Vital statistics of India. Vol. IV, Annual returns from 1871 to 1876. British Army of India, Native Army and jails of Bengal
Year: 1871
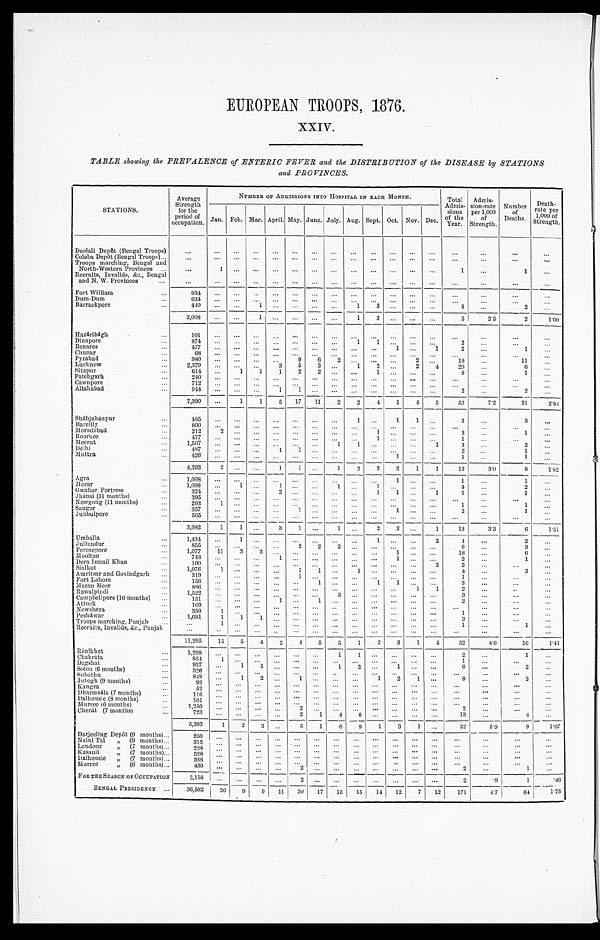
EUROPEAN TROOPS, 1876.
XXIV.
TABLE showing the PREVALENCE of ENTERIC FEVER and the DISTRIBUTION of the DISEASE by STATIONS
and PROVINCES.
STATIONS.
Average
Strength
for the
period of
occupation.
NUMBER OF ADMISSIONS INTO HOSPITAL IN EACH MONTH.
Total
Admis-
sions
of the
Year.
Admis-
sion-rate
per 1,000
of
Strength.
Number of Deaths.
Deat h- r at e per 1, 000 of St r engt h.
Jan. Feb. Mar. April. May.
J u n e .
July. Aug. Sept. Oct. Nov. Dec.
Deolali Depôt (Bengal Troops)
. . .
. . . ...
. . .
...
...
. . .
...
. . .
. . .
. . .
. . .
. . .
. . .
. . .
. . .
. . .
Colaba Depôt (Bengal Troops)
. . .
. . .
. . . ...
. . . ...
...
. . .
. . .
. . .
. . .
. . .
. . .
. . .
. . .
. . .
. . .
. . .
Troops marching, Bengal and
North-Western Provinces ...
. . .
1
. . .
. . .
...
...
. . . ...
. . .
. . .
. . .
. . .
. . .
1
. . . 1
...
Recruits, Invalids, &c., Bengal
and N. W. Provinces
...
. . .
. . .
. . . . . . ...
...
. . . ...
. . .
. . .
. . .
. . .
. . .
. . .
. . .
. . .
...
Fort William
...
934
. . . ...
. . .
...
...
. . .
. . .
. . .
. . .
. . .
. . .
. . .
. . .
. . .
. . .
. . .
Dum-Dum
...
6 3 4
. . .
. . . . . . ...
...
. . . ...
. . .
. . .
. . .
. . .
. . .
. . .
. . . ...
. . .
Barrackpore
...
4 4 0
. . . ...
1 ...
...
. . .
. . .
1
3
. . .
. . .
. . .
5
. . .
2
. . .
2,008
. . .
. . . 1 ...
...
. . . ...
1
3
. . .
. . .
. . .
5
2.5
2
1 . 0 0
Hazáribágh
...
101
. . . ...
. . .
...
...
. . .
. . .
. . .
. . .
. . .
. . .
. . .
. . .
. . .
. . .
. . .
Dinapore
. . .
874
. . .
. . . . . .
...
...
. . .
. . .
1
1
. . .
. . . . . .
2
. . .
. . . ...
Benares
. . .
477
. . .
. . .
. . . ...
...
. . . ...
. . .
. . .
1
...
1
2
...
1
...
Chunar
. . .
6 8
. . .
. . .
. . . ...
...
. . . ...
. . .
. . .
. . .
. . . . . .
. . .
. . .
. . .
. . .
Fyzabad
...
9 8 0
. . .
. . .
. . . ...
9
6
2
. . . ...
...
2
. . .
19
...
11 ...
Lucknow
...
2,379
. . .
...
. . .
3
5
3
. . . 1
2
. . .
2
4
20
. . .
6
. . .
Sitapur
. . .
614
...
1
1
1
2
2
. . . ...
1
. . .
...
...
8
...
1
...
Fatehgarh
...
2 4 0
. . .
. . .
. . .
. . .
. . .
. . .
. . .
. . .
. . .
. . .
. . .
. . .
. . .
. . .
. . .
. . .
Cawnpore
. . .
712
. . . ...
. . . ...
...
. . .
. . . . . .
. . .
. . .
. . .
. . .
. . .
. . .
. . .
. . .
Allahabad
...
9 4 4
. . .
. . .
. . .
1
1
. . .
. . .
. . .
. . .
. . .
. . .
. . .
2
. . .
2
...
7,390
...
1
1
5
17
11 2
2
4
1
4
5
53
7.2
21
2 . 8 4
Sháhjahánpur
...
485
. . .
. . .
. . .
. . .
...
. . . ...
1
. . .
1
1
. . .
3
...
3
. . .
Bareilly
. . .
800
. . .
. . .
. . .
. . .
...
. . . ...
. . .
. . .
. . .
. . . . . .
. . .
. . .
. . .
. . .
Moradabad
. . .
212
2
. . . . . .
... ...
. . .
. . .
. . .
1 ...
...
. . .
3
...
1 ...
Roorkee
...
477
. . .
. . .
. . . ...
...
. . . ...
. . .
1 ...
...
...
1
...
...
...
Meerut
...
1,507
. . .
...
. . . ...
...
. . . 1
1 ...
...
...
1
3
...
2 ...
Delhi
. . .
4 8 7
. . .
. . .
. . .
1
1
. . . ...
. . .
. . .
. . .
. . .
. . .
2
...
1
...
Muttra
...
4 2 6
. . .
. . . . . .
...
. . . . . .
. . .
. . .
. . .
1
. . .
. . .
1
. . .
1
. . .
4,393
2
. . .
. . .
1
1
. . .
1
2
2
2
1
1
13
3.0
8 1 . 8 2
Agra
. . .
1,008
. . .
. . . . . .
...
. . .
. . .
. . .
. . .
. . .
1
. . .
. . .
1
...
1
...
Morar
. . .
1,098
. . .
1 . . .
1
...
. . .
1
. . .
1
. . .
. . .
. . .
4
...
2
. . .
Gwalior Fortress
. . .
3 2 4
. . .
. . .
. . .
2 ...
. . .
. . .
. . .
1
1
. . .
1
5
. . .
1
. . .
Jhánsi (11 months)
. . .
3 9 5
. . .
. . .
. . .
. . .
...
. . .
. . .
. . .
. . .
. . . . . .
. . .
. . .
. . .
. . .
. . .
Nowgong (11 months)
. . .
293
1
. . .
. . .
. . .
...
. . . ...
. . .
. . .
. . .
. . .
. . .
1
...
1
. . .
Saugor
. . .
3 5 7
. . .
. . . . . .
. . .
1
. . . ...
. . .
. . .
1 ...
...
2
. . .
1 ...
Jubbulpore
. . .
5 6 5
. . . ...
. . .
. . .
...
. . .
. . .
. . .
. . .
. . .
. . .
. . .
. . .
. . .
. . . ...
3 , 9 8 2
1
1
. . .
3
1
. . .
1
. . .
2
3
. . .
1
13
3.3
6
1.51
Umballa
...
1,434
. . .
1
. . .
. . .
. . .
. . .
. . .
. . .
1
. . .
. . .
2
4
...
2
...
Jullundur
...
855
. . .
. . .
. . .
. . . 2
2
2
. . .
. . .
. . .
. . .
. . .
6
. . .
3
...
Ferozepore
. . .
1,077
11
3
3
. . .
. . .
. . .
. . .
. . .
. . .
1 ...
. . .
18
. . .
6
. . .
Mooltan
...
743
. . . ...
. . .
1
. . .
. . .
. . .
. . . . . .
1
. . .
. . .
2
. . .
1
...
Dera Ismail Khan
. . .
1 0 0
. . .
. . .
. . .
. . .
. . .
. . .
. . .
. . .
. . .
. . .
. . .
2
2
. . .
. . .
. . .
Sialkot
. . .
1,076
1
. . .
. . .
. . .
1
1
. . .
1
. . . ...
. . . ...
4
...
3
...
Amritsar and Govindgarh
. . .
3 1 9
. . .
. . .
. . .
. . .
1
. . .
. . .
. . .
. . .
. . .
. . .
. . .
1
. . .
. . .
. . .
Fort Lahore
...
1 5 6
. . .
. . .
. . .
. . . ...
1
. . .
. . .
1
1
. . .
. . .
3
. . .
. . .
...
Meean Meer
. . .
886
. . .
. . . . . .
. . .
...
. . .
...
. . .
. . .
. . .
1
1
2
. . .
. .
. . .
Rawalpindi
. . .
1 , 5 2 2
. . .
. . .
. . .
... ...
. . .
3
. . .
. . .
. . .
. . .
. . .
3
. . .
. . .
. . .
Campbellpore (10 months)
. . .
151
. . .
...
. . .
1
...
1
. . .
. . .
. . .
. . .
. . .
. . .
2
...
...
...
Attock
...
169
. . .
. . .
. . .
. . .
...
. . .
...
. . .
. . .
. . .
. . .
. . .
. . .
. . .
... ...
Nowshera
. . .
3 5 9
1
...
. . .
...
...
. . . ...
. . .
. . .
. . .
. . .
. . .
1
. . .
. . .
. . .
Pesháwar
. . .
1,691
1
1
1
... ...
. . .
. . .
. . .
. . .
. . .
. . .
. . .
3
. . .
... ...
Troops marching, Punjab
...
1
. . .
. . .
. . . ... ...
. . . ...
. . .
. . .
. . .
. . .
. . .
1
. . .
1
. . .
Recruits, Invalids, &c., Punjab
. . .
. . .
. . . . . .
. .
...
. . . ...
. . .
. . .
. . .
. . .
. . .
. . .
. . .
. . .
. . .
1 1 , 2 9 5
1 5
5
4 2
4
5
5
1
2
3
1
5
52
4 . 6
1 6 1 . 4 1
Ránikhet
. . .
1 , 2 9 8
. . .
. . .
. . .
...
...
. . .
1
1
. . .
. . . . . .
. . .
2
...
1
. . .
Chakráta
. . .
854
1
. . .
. . .
...
...
. . .
. . .
. . . . . .
. . . . . .
. . .
1
. . .
. . .
...
Dagshai
. . .
927
. . .
1 1
... ...
. . .
1
2
. . .
1
. . .
. . .
6
...
2
...
Solon (6 months)
. . .
3 2 6
. . .
. . .
. . . ...
...
. . .
. . .
. . .
. . .
. . . . . .
. . .
. . .
. . .
. . .
...
Subáthu
. . .
8 4 8
. . .
1
2
...
1
. . .
. . .
. . .
1
2
1
. . .
8
. . .
2
...
Jutogh (9 months)
. . .
9 2
. . .
. . .
. . . ...
. . .
. . .
. . .
. . .
. . .
. . .
. . .
. . .
. . .
. . .
. . .
. . .
Kangra
. . .
5 2
. . .
. . .
. . . ...
. . .
. . .
. . .
. . .
. . .
. . .
. . .
. . .
. . .
. . .
...
. . .
Dharmsála (7 months)
...
1 1 6
. . .
. . .
. . . ...
. . .
. . .
. . .
. . .
. . .
. . .
. . .
. . .
. . .
. . .
...
. . .
Dalhousie (8 months)
. . .
101
. . .
. . .
. . . ...
. . .
. . .
. . .
. . .
. . .
. . .
. . .
. . .
. . .
. . .
. . .
. . .
Murree (6 months)
. . .
1 , 2 5 0
. . .
. . .
. . .
. . .
2
. . .
. . .
. . .
. . .
. . .
. . .
. . .
2
. . .
. . .
. . .
Cherát (7 months)
. . .
7 2 3
. . .
. . .
. . .
. . .
2
1
4
6
. . .
. . .
. . .
. . .
13
...
4
. . .
5,393
1
2
3
...
5
1
6
9
1
3
1
. . .
32
5 . 9
9 1.67
Darjeeling Depôt (9 months) ...
250
. . .
. . .
. . .
...
. . .
. . .
. . .
. . .
. . .
. . .
. . .
. . .
. . .
. . .
. . .
. . .
Naini Tal
,, (9 months) ...
312
. . .
. . .
. . .
. . .
. . .
. . .
. . .
. . .
. . .
. . .
. . .
. . .
. . .
. . .
...
. . .
Landour ,, (7 months) ...
2 2 8
. . .
. . .
. . .
. . .
. . .
. . .
. . .
. . .
. . .
. . .
. . .
. . .
. . .
. . .
. . .
. . .
Kasauli ,, (7 months) ...
5 2 8
. . .
. . .
. . .
. . .
. . .
. . .
. . .
. . .
. . .
. . .
. . .
. . .
. . .
. . .
... ...
Dalhousie
„ (7 months) ...
3 8 8
. . .
. . .
. . .
. . .
. . .
. . .
. . .
. . .
. . .
. . .
. . .
. . .
. . .
. . .
. . .
. . .
Muree ,, (6 months) ...
4 3 0
. . .
. . .
. . .
. . .
2
. . .
. . .
. . .
. . .
. . .
. . .
. . .
2
. . .
1 ...
FOR THE SEASON OF OCCUPATION
2 , 1 5 8
. . .
. . .
. . .
. . .
2
. . .
. . .
. . .
. . .
. . .
. . .
. . .
2
.9
1
.46
B E N G A L P R E S I D E N C Y . . .
36,582
20
9
9
11
30
1 7
1 5
1 5
14
12
7
12
171
4 . 7
6 4
1.75